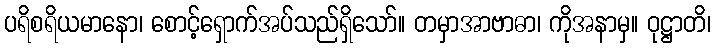
ပရိစရိယမာနော၊ စောင့်ရှောက်အပ်သည်ရှိသော်။ တမှာအာဗာဓာ၊ ကိုအနာမှ။ ဝုဋ္ဌာတိ၊